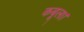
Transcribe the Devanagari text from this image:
कबूला।